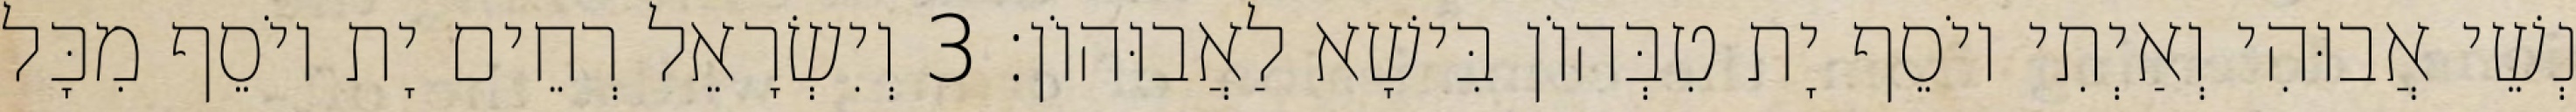
נְשֵׁי אֲבוּהִי וְאַיְתִי יוֹסֵף יָת טִבְּהוֹן בִּישָׁא לַאֲבוּהוֹן׃ 3 וְיִשְׂרָאֵל רְחֵים יָת יוֹסֵף מִכָּל